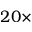
2 0 \times